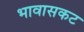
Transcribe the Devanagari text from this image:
भावासकट